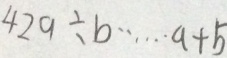
4 2 9 \div b \cdots a + b